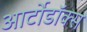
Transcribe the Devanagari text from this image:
आर्टोडॉक्स